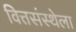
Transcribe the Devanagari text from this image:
वित्तसंस्थेला